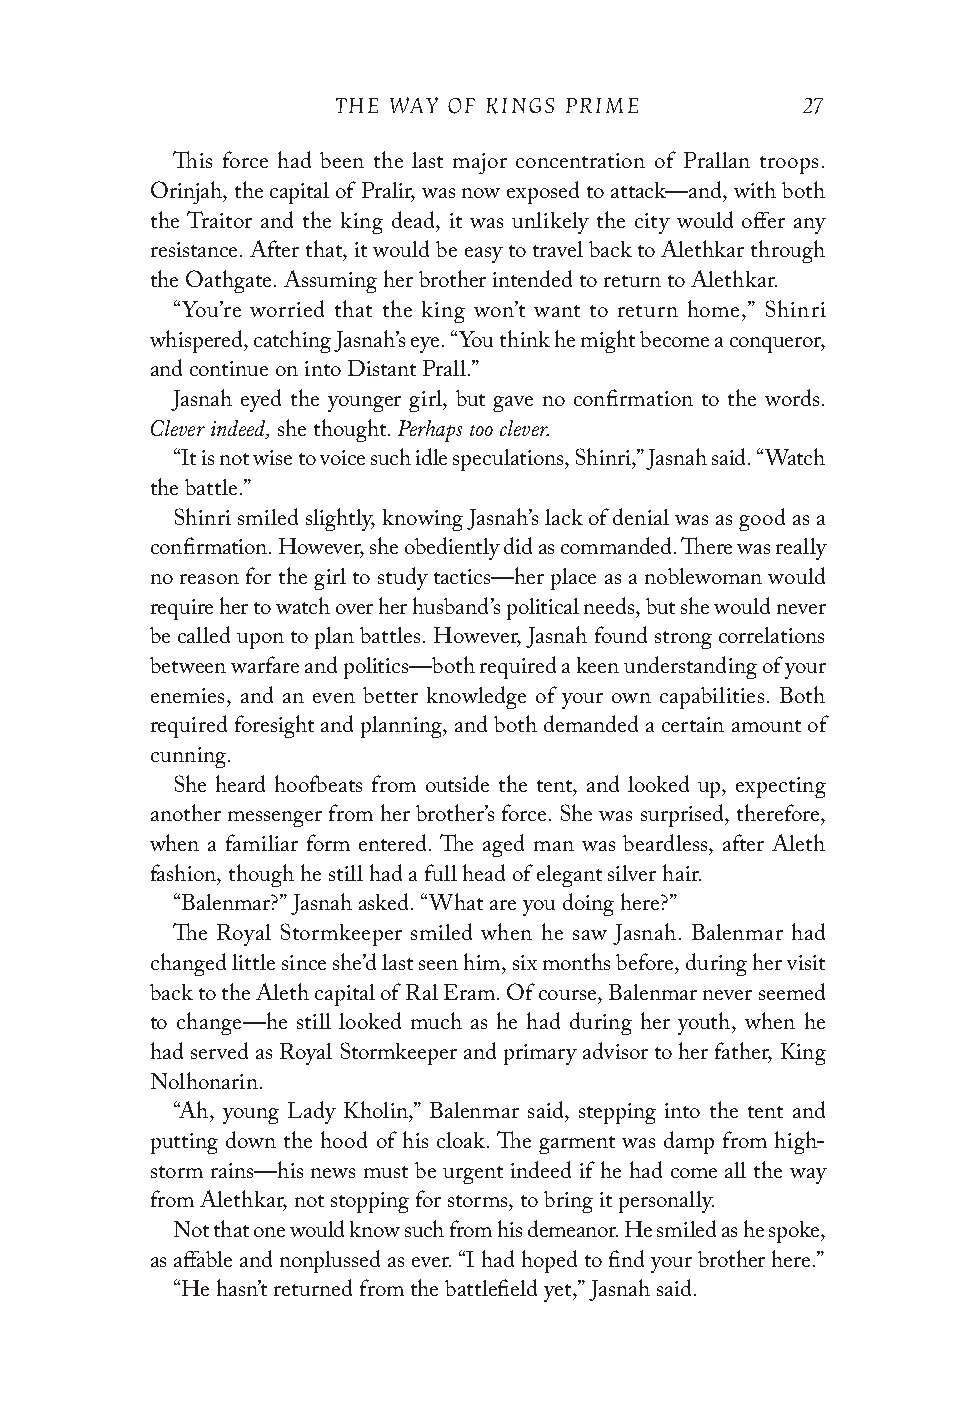
THE WAY OF KINGS PRIME         27
 This force had been the last major concentration of Prallan troops.
 Orinjah, the capital of Pralir, was now exposed to attack—and, with both
 the Traitor and the king dead, it was unlikely the city would offer any
 resistance. After that, it would be easy to travel back to Alethkar through
 the Oathgate. Assuming her brother intended to return to Alethkar.
 “You’re worried that the king won’t want to return home,” Shinri
 whispered, catching Jasnah’s eye. “You think he might become a conqueror,
 and continue on into Distant Prall.”
 Jasnah eyed the younger girl, but gave no confirmation to the words.
 Clever indeed,  Perhaps too clever.
 she thought.
 “It is not wise to voice such idle speculations, Shinri,” Jasnah said. “Watch
 the battle.”
 Shinri smiled slightly, knowing Jasnah’s lack of denial was as good as a
 confirmation. However, she obediently did as commanded. There was really
 no reason for the girl to study tactics—her place as a noblewoman would
 require her to watch over her husband’s political needs, but she would never
 be called upon to plan battles. However, Jasnah found strong correlations
 between warfare and politics—both required a keen understanding of your
 enemies, and an even better knowledge of your own capabilities. Both
 required foresight and planning, and both demanded a certain amount of
 cunning.
 She heard hoofbeats from outside the tent, and looked up, expecting
 another messenger from her brother’s force. She was surprised, therefore,
 when a familiar form entered. The aged man was beardless, after Aleth
 fashion, though he still had a full head of elegant silver hair.
 “Balenmar?” Jasnah asked. “What are you doing here?”
 The Royal Stormkeeper smiled when he saw Jasnah. Balenmar had
 changed little since she’d last seen him, six months before, during her visit
 back to the Aleth capital of Ral Eram. Of course, Balenmar never seemed
 to change—he still looked much as he had during her youth, when he
 had served as Royal Stormkeeper and primary advisor to her father, King
 Nolhonarin.
 “Ah, young Lady Kholin,” Balenmar said, stepping into the tent and
 putting down the hood of his cloak. The garment was damp from high-
 storm rains—his news must be urgent indeed if he had come all the way
 from Alethkar, not stopping for storms, to bring it personally.
 Not that one would know such from his demeanor. He smiled as he spoke,
 as affable and nonplussed as ever. “I had hoped to find your brother here.”
 “He hasn’t returned from the battlefield yet,” Jasnah said.